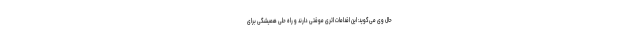
حال وی می‌گوید: این اقدامات اثری موقتی دارند و راه حلی همیشگی برای